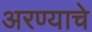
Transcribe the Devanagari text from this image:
अरण्याचे